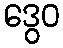
ဒွေဝ